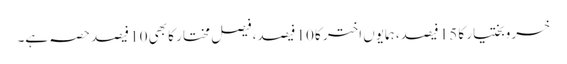
خسروبختیار کا 15 فیصد، ہمایوں اختر کا 10 فیصد، فیصل مختار کا بھی 10 فیصد حصہ ہے۔